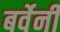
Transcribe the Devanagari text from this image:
बर्वेनी